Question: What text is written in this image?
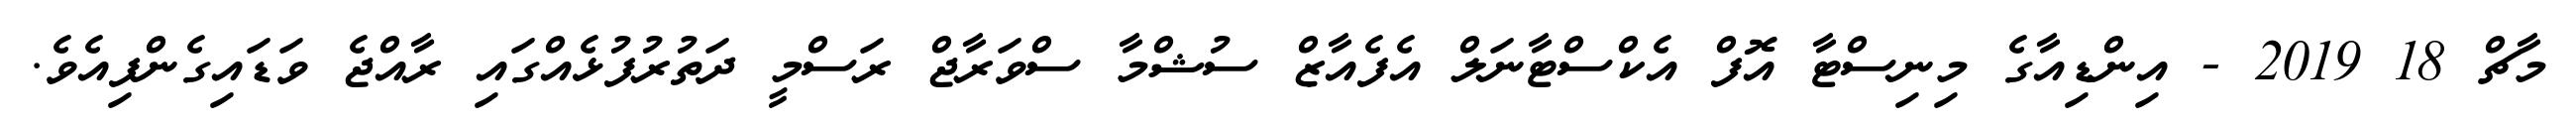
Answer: މާޗް 18 2019 - އިންޑިއާގެ މިނިސްޓާ އޮފް އެކްސްޓާނަލް އެފެއާޒް ސުޝްމާ ސްވަރާޖް ރަސްމީ ދަތުރުފުޅެއްގައި ރާއްޖެ ވަޑައިގެންފިއެވެ.